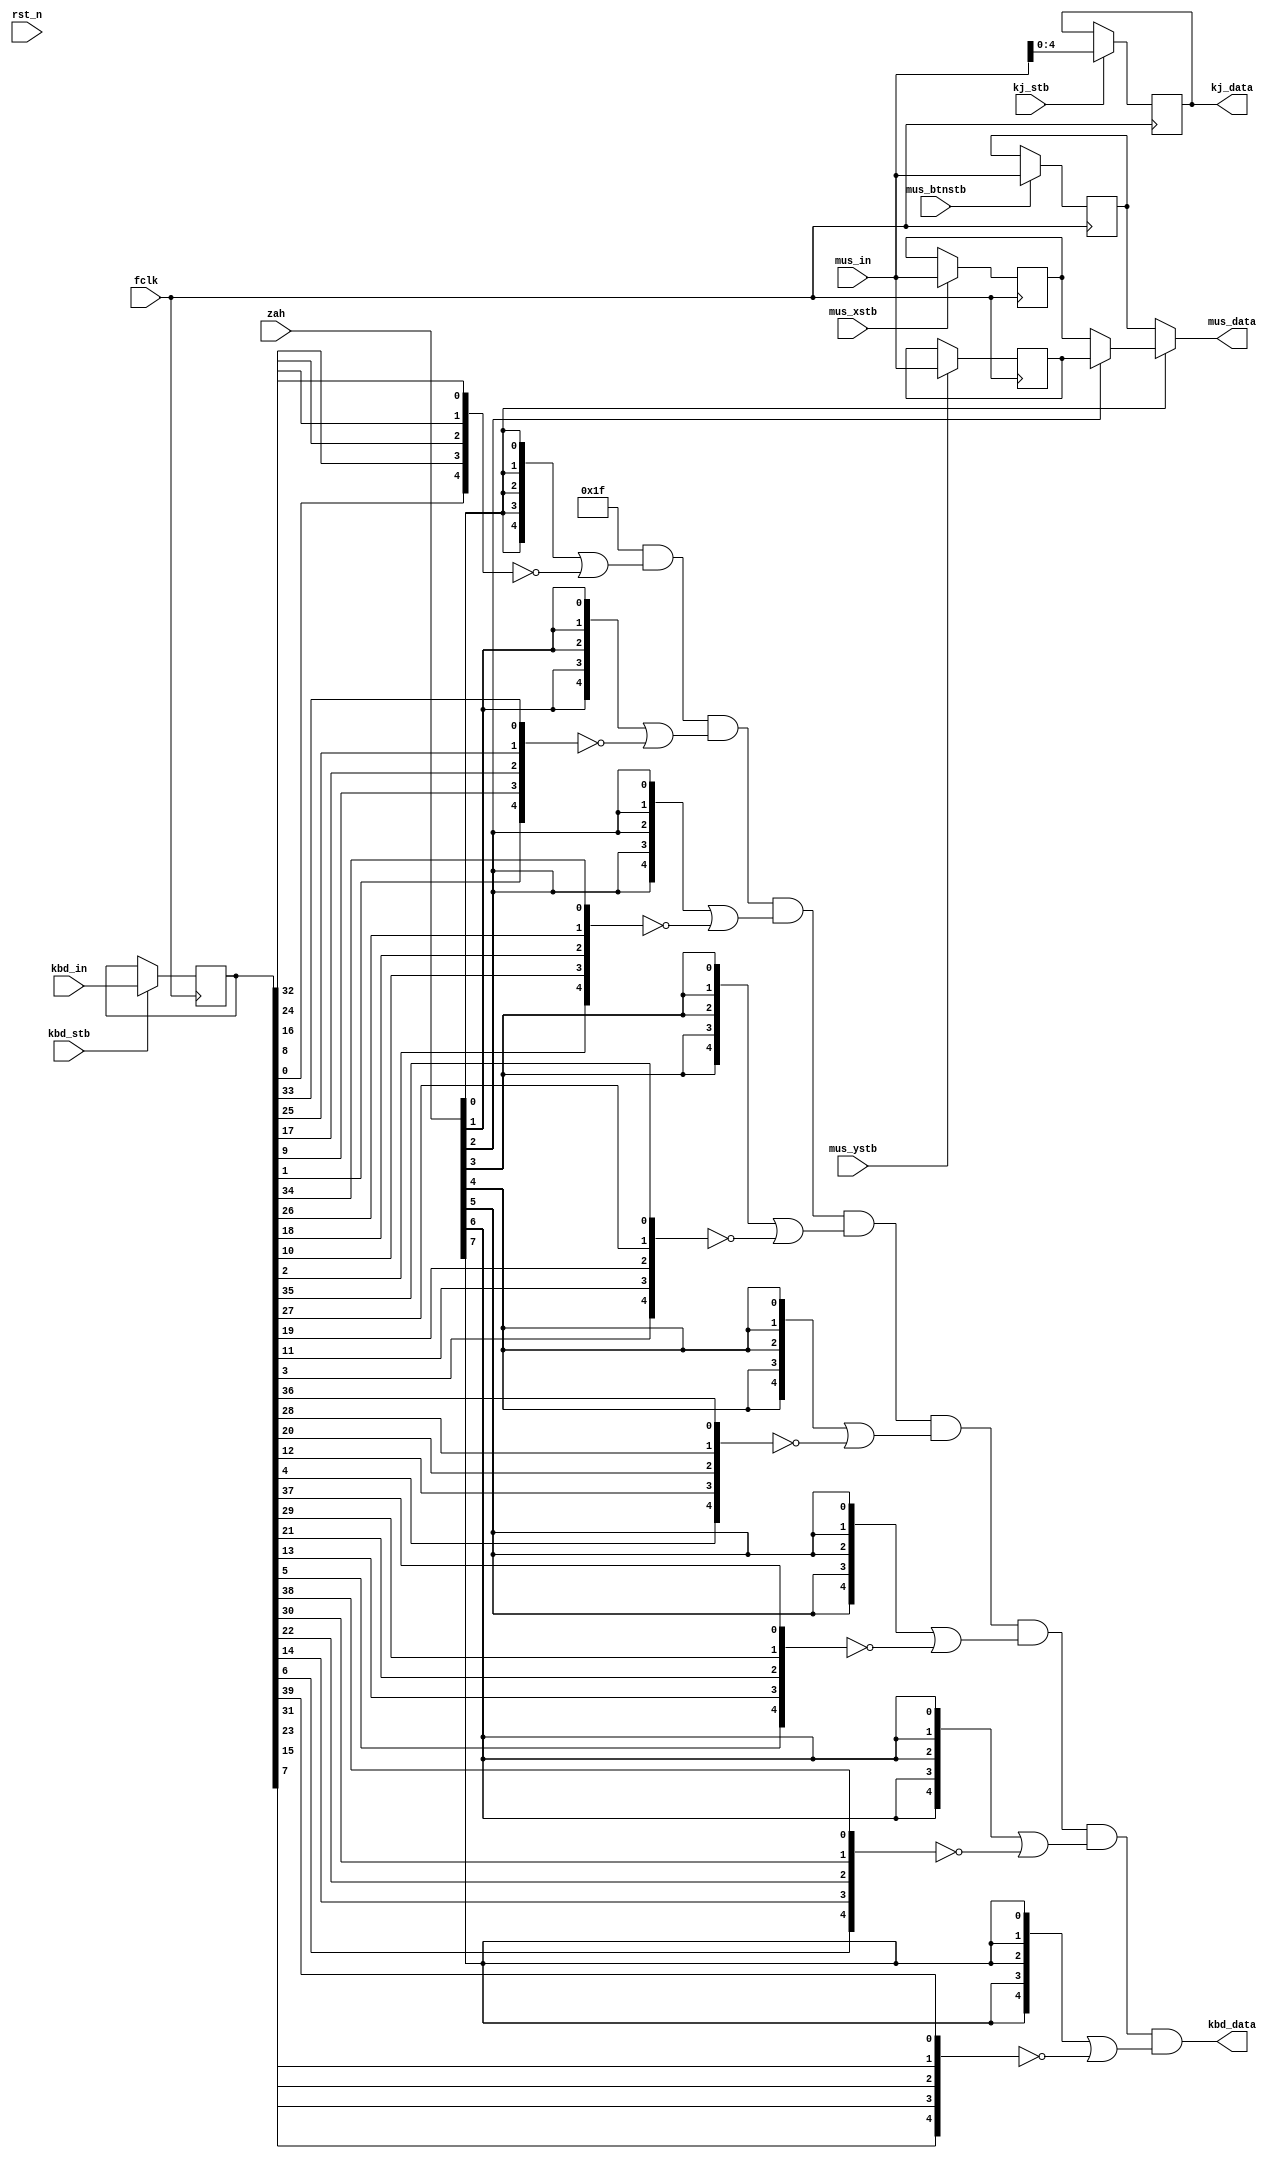
module zkbdmus(

	input  wire        fclk,
	input  wire        rst_n,


	input  wire [39:0] kbd_in,  // key bits
	input  wire        kbd_stb, // and strobe

	input  wire [ 7:0] mus_in,
	input  wire        mus_xstb,
	input  wire        mus_ystb,
	input  wire        mus_btnstb,
	input  wire        kj_stb,


	input  wire [7:0] zah,

	output wire [ 4:0] kbd_data,
	output wire [ 7:0] mus_data,
	output reg  [ 4:0] kj_data
);

	reg [39:0] kbd;
	reg [ 7:0] musx,musy,musbtn;

	wire [4:0] keys [0:7]; // key matrix

	reg [4:0] kout; // wire AND


`ifdef SIMULATE
	initial
	begin
//		force kbd_data = 5'b11111;
		force mus_data = 8'hFF;
		force kj_data  = 5'b00000;

		kbd = 40'd0;
	end
`endif


	// store data from slavespi
	//
    always @(posedge fclk)
    begin
		if( kbd_stb )
			kbd <= kbd_in;

		if( mus_xstb )
			musx <= mus_in;

		if( mus_ystb )
			musy <= mus_in;

		if( mus_btnstb )
			musbtn <= mus_in;

		if( kj_stb )
			kj_data <= mus_in[4:0];
    end


	// make keys
	//
	assign keys[0]={kbd[00],kbd[08],kbd[16],kbd[24],kbd[32]};// v  c  x  z  CS
	assign keys[1]={kbd[01],kbd[09],kbd[17],kbd[25],kbd[33]};// g  f  d  s  a
	assign keys[2]={kbd[02],kbd[10],kbd[18],kbd[26],kbd[34]};// t  r  e  w  q
	assign keys[3]={kbd[03],kbd[11],kbd[19],kbd[27],kbd[35]};// 5  4  3  2  1
	assign keys[4]={kbd[04],kbd[12],kbd[20],kbd[28],kbd[36]};// 6  7  8  9  0
	assign keys[5]={kbd[05],kbd[13],kbd[21],kbd[29],kbd[37]};// y  u  i  o  p 
	assign keys[6]={kbd[06],kbd[14],kbd[22],kbd[30],kbd[38]};// h  j  k  l  EN
	assign keys[7]={kbd[07],kbd[15],kbd[23],kbd[31],kbd[39]};// b  n  m  SS SP
	//
	always @*
	begin
		kout = 5'b11111;

		kout = kout & ({5{zah[0]}} | (~keys[0]));
		kout = kout & ({5{zah[1]}} | (~keys[1]));
		kout = kout & ({5{zah[2]}} | (~keys[2]));
		kout = kout & ({5{zah[3]}} | (~keys[3]));
		kout = kout & ({5{zah[4]}} | (~keys[4]));
		kout = kout & ({5{zah[5]}} | (~keys[5]));
		kout = kout & ({5{zah[6]}} | (~keys[6]));
		kout = kout & ({5{zah[7]}} | (~keys[7]));
	end
	//
	assign kbd_data = kout;

	// make mouse
	// FADF - buttons, FBDF - x, FFDF - y
	//
	assign mus_data = zah[0] ? ( zah[2] ? musy : musx ) : musbtn;



endmodule